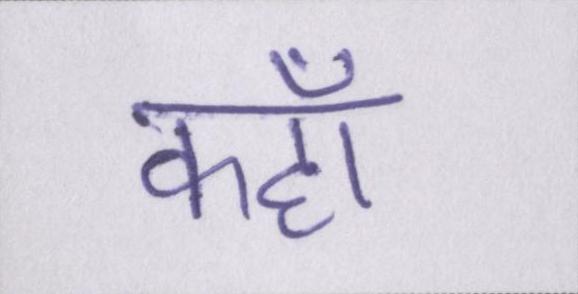
कहॉं